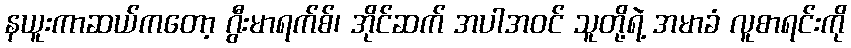
နယူးကာဆယ်ကတော့ ဂွီးမာရက်စ်၊ အိုင်ဆက် အပါအဝင် သူတို့ရဲ့ အမာခံ လူစာရင်းကို